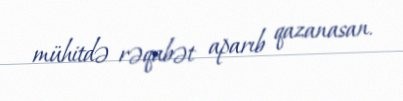
mühitdə rəqabət aparıb qazanasan.